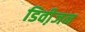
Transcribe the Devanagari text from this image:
डिवी़जन